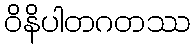
ဝိနိပါတဂတဿ